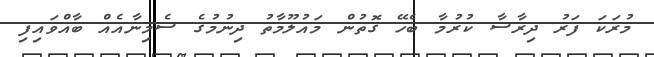
މުރަކަ ފަރު ދިރާސާ ކުރުމާ ބެހޭ ގޮތުން މައުލޫމާތު ދިނުމުގެ ސެމިނާއެއް ބާއްވައިފި